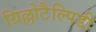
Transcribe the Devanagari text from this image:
ग्रिल्लोटैल्पिडी